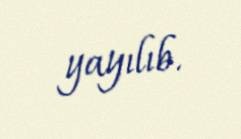
yayılıb.